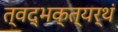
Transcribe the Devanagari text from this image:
त्वद्भक्त्यर्थं